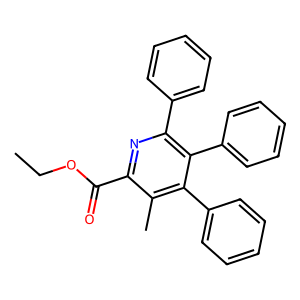
SMILES: CCOC(=O)c1nc(-c2ccccc2)c(-c2ccccc2)c(-c2ccccc2)c1C
Inhibits HIV replication: No